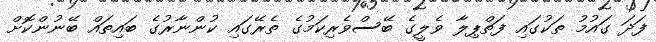
ފަދަ ގައުމު ތަކުގައި ފަތްޕިލާ ވެލީގެ ބޭސްވެރިކަމުގެ ތެރޭގައި ކުންނާރުގެ ބައިތައް ބޭނުންކޮށް